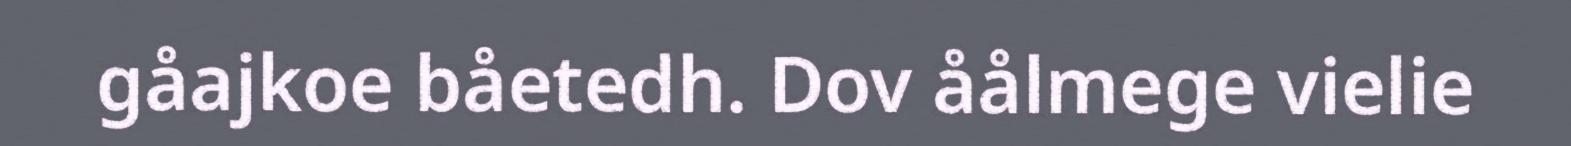
gåajkoe båetedh. Dov åålmege vielie